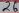
Text: 26